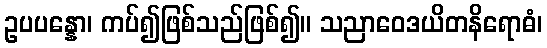
ဥပပန္နော၊ ကပ်၍ဖြစ်သည်ဖြစ်၍။ သညာဝေဒယိတနိရောဓံ၊